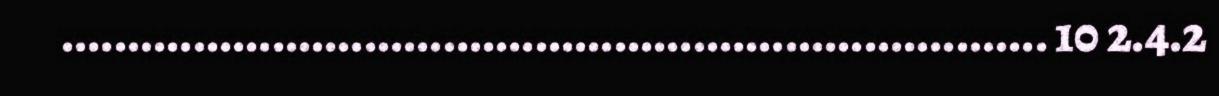
........................................................................... 10 2.4.2